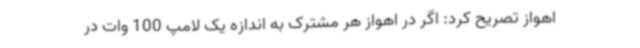
اهواز تصریح کرد: اگر در اهواز هر مشترک به اندازه یک لامپ 100 وات در